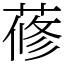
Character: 蓚